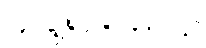
ကဇင်္ဂလိကာယ